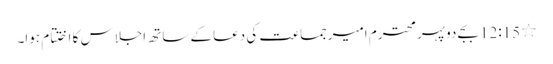
٭	12:15 بجے دوپہر محترم امیرجماعت کی دعاکے ساتھ اجلاس کا اختتام ہوا۔